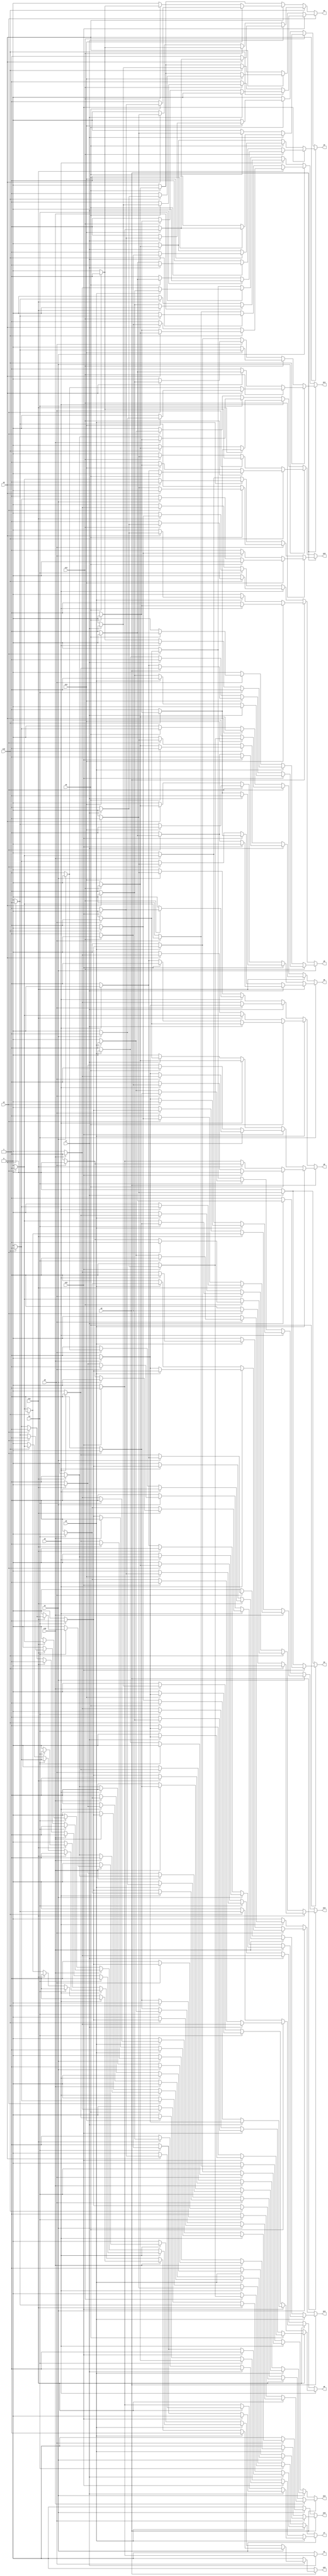
module mult8x8_inference (
  x0, x1, x2, x3, x4, x5, x6, x7, x8, x9, x10, x11, x12, x13, x14, x15,
  y16, y15, y14, y13, y12, y11, y10, y9, y8, y7, y6, y5, y4, y3, y2, y1
);
input x0, x1, x2, x3, x4, x5, x6, x7, x8, x9, x10, x11, x12, x13, x14, x15;
output y16, y15, y14, y13, y12, y11, y10, y9, y8, y7, y6, y5, y4, y3, y2, y1;
wire w161, w162, w163, w164, w165, w166, w167, w168, w169, w1610, w1611, w1612, w1613, w1614, w1615, w1616, w1617, w1618, w1619, w1620, w1621, w1622, w1623, w1624, w1625, w1626, w1627, w1628, w1629, w1630, w1631, w1632, w1633, w1634, w1635, w1636, w1637, w1638, w1639, w1640, w1641, w1642, w1643, w1644, w1645, w1646, w1647, w1648, w1649, w1650, w1651, w1652, w1653, w1654, w1655, w1656, w1657, w1658, w1659, w1660, w1661, w1662, w1663, w1664, w1665, w1666, w1667, w1668, w1669, w1670, w1671, w1672, w1673, w1674, w1675, w1676, w1677, w1678, w1679, w1680, w1681, w151, w152, w153, w154, w155, w156, w157, w158, w159, w1510, w1511, w1512, w1513, w1514, w1515, w1516, w1517, w1518, w1519, w1520, w1521, w1522, w1523, w1524, w1525, w1526, w1527, w1528, w1529, w1530, w1531, w1532, w1533, w1534, w1535, w1536, w1537, w1538, w1539, w1540, w1541, w1542, w1543, w1544, w1545, w1546, w1547, w1548, w1549, w1550, w1551, w1552, w1553, w1554, w1555, w1556, w1557, w1558, w1559, w1560, w1561, w1562, w1563, w1564, w1565, w1566, w1567, w141, w142, w143, w144, w145, w146, w147, w148, w149, w1410, w1411, w1412, w1413, w1414, w1415, w1416, w1417, w1418, w1419, w1420, w1421, w1422, w1423, w1424, w1425, w1426, w1427, w1428, w1429, w1430, w1431, w1432, w1433, w1434, w1435, w1436, w1437, w1438, w1439, w1440, w1441, w1442, w1443, w1444, w1445, w1446, w1447, w1448, w1449, w1450, w1451, w1452, w1453, w1454, w1455, w1456, w1457, w1458, w1459, w1460, w1461, w1462, w1463, w1464, w1465, w1466, w1467, w1468, w1469, w1470, w1471, w1472, w1473, w1474, w1475, w1476, w1477, w1478, w1479, w1480, w1481, w1482, w1483, w1484, w1485, w131, w132, w133, w134, w135, w136, w137, w138, w139, w1310, w1311, w1312, w1313, w1314, w1315, w1316, w1317, w1318, w1319, w1320, w1321, w1322, w1323, w1324, w1325, w1326, w1327, w1328, w1329, w1330, w1331, w1332, w1333, w1334, w1335, w1336, w1337, w1338, w1339, w1340, w1341, w1342, w1343, w1344, w1345, w1346, w1347, w1348, w1349, w1350, w1351, w1352, w1353, w1354, w1355, w1356, w1357, w1358, w1359, w1360, w1361, w1362, w1363, w1364, w1365, w1366, w1367, w1368, w1369, w1370, w1371, w1372, w1373, w1374, w1375, w1376, w1377, w1378, w1379, w1380, w1381, w1382, w1383, w1384, w1385, w1386, w1387, w1388, w1389, w1390, w1391, w121, w122, w123, w124, w125, w126, w127, w128, w129, w1210, w1211, w1212, w1213, w1214, w1215, w1216, w1217, w1218, w1219, w1220, w1221, w1222, w1223, w1224, w1225, w1226, w1227, w1228, w1229, w1230, w1231, w1232, w1233, w1234, w1235, w1236, w1237, w1238, w1239, w1240, w1241, w1242, w1243, w1244, w1245, w1246, w1247, w1248, w1249, w1250, w1251, w1252, w1253, w1254, w1255, w1256, w1257, w1258, w1259, w1260, w1261, w1262, w1263, w1264, w1265, w1266, w1267, w1268, w1269, w1270, w1271, w1272, w1273, w1274, w1275, w1276, w1277, w1278, w1279, w1280, w1281, w111, w112, w113, w114, w115, w116, w117, w118, w119, w1110, w1111, w1112, w1113, w1114, w1115, w1116, w1117, w1118, w1119, w1120, w1121, w1122, w1123, w1124, w1125, w1126, w1127, w1128, w1129, w1130, w1131, w1132, w1133, w1134, w1135, w1136, w1137, w1138, w1139, w1140, w1141, w1142, w1143, w1144, w1145, w1146, w1147, w1148, w1149, w1150, w1151, w1152, w1153, w1154, w1155, w1156, w1157, w1158, w1159, w1160, w1161, w1162, w1163, w1164, w1165, w1166, w1167, w1168, w1169, w1170, w1171, w1172, w1173, w1174, w1175, w1176, w1177, w1178, w1179, w1180, w1181, w1182, w1183, w1184, w1185, w101, w102, w103, w104, w105, w106, w107, w108, w109, w1010, w1011, w1012, w1013, w1014, w1015, w1016, w1017, w1018, w1019, w1020, w1021, w1022, w1023, w1024, w1025, w1026, w1027, w1028, w1029, w1030, w1031, w1032, w1033, w1034, w1035, w1036, w1037, w1038, w1039, w1040, w1041, w1042, w1043, w1044, w1045, w1046, w1047, w1048, w1049, w1050, w1051, w1052, w1053, w1054, w1055, w1056, w1057, w1058, w1059, w1060, w1061, w1062, w1063, w1064, w1065, w1066, w1067, w1068, w1069, w1070, w1071, w1072, w1073, w1074, w1075, w1076, w1077, w1078, w1079, w1080, w1081, w1082, w1083, w91, w92, w93, w94, w95, w96, w97, w98, w99, w910, w911, w912, w913, w914, w915, w916, w917, w918, w919, w920, w921, w922, w923, w924, w925, w926, w927, w928, w929, w930, w931, w932, w933, w934, w935, w936, w937, w938, w939, w940, w941, w942, w943, w944, w945, w946, w947, w948, w949, w950, w951, w952, w953, w954, w955, w956, w957, w958, w959, w960, w961, w962, w963, w964, w965, w966, w967, w968, w969, w970, w971, w81, w82, w83, w84, w85, w86, w87, w88, w89, w810, w811, w812, w813, w814, w815, w816, w817, w818, w819, w820, w821, w822, w823, w824, w825, w826, w827, w828, w829, w830, w831, w832, w833, w834, w835, w836, w837, w838, w839, w840, w841, w842, w843, w844, w845, w846, w847, w848, w849, w850, w851, w852, w853, w854, w855, w856, w857, w858, w859, w860, w861, w862, w863, w864, w865, w866, w867, w868, w869, w870, w871, w872, w873, w874, w875, w876, w877, w878, w879, w71, w72, w73, w74, w75, w76, w77, w78, w79, w710, w711, w712, w713, w714, w715, w716, w717, w718, w719, w720, w721, w722, w723, w724, w725, w726, w727, w728, w729, w730, w731, w732, w733, w734, w735, w736, w737, w738, w739, w740, w741, w742, w743, w744, w745, w746, w747, w748, w749, w750, w751, w752, w753, w754, w755, w756, w757, w758, w759, w760, w761, w762, w763, w764, w765, w766, w767, w768, w769, w770, w771, w61, w62, w63, w64, w65, w66, w67, w68, w69, w610, w611, w612, w613, w614, w615, w616, w617, w618, w619, w620, w621, w622, w623, w624, w625, w626, w627, w628, w629, w630, w631, w632, w633, w634, w635, w636, w637, w638, w639, w640, w641, w642, w643, w644, w645, w646, w647, w648, w649, w650, w651, w652, w653, w654, w655, w656, w657, w658, w659, w660, w661, w662, w663, w664, w665, w666, w667, w668, w669, w670, w671, w672, w673, w674, w675, w676, w677, w51, w52, w53, w54, w55, w56, w57, w58, w59, w510, w511, w512, w513, w514, w515, w516, w517, w518, w519, w520, w521, w522, w523, w524, w525, w526, w527, w528, w529, w530, w531, w532, w533, w534, w535, w536, w537, w538, w539, w540, w541, w542, w543, w544, w545, w546, w547, w548, w549, w550, w551, w552, w553, w554, w555, w556, w557, w558, w559, w560, w561, w562, w563, w564, w565, w566, w567, w568, w569, w570, w571, w572, w573, w574, w575, w576, w577, w578, w579, w41, w42, w43, w44, w45, w46, w47, w48, w49, w410, w411, w412, w413, w414, w415, w416, w417, w418, w419, w420, w421, w422, w423, w424, w425, w426, w427, w428, w429, w430, w431, w432, w433, w434, w435, w436, w437, w438, w439, w440, w441, w442, w443, w444, w445, w446, w447, w448, w449, w450, w451, w452, w453, w454, w455, w456, w457, w458, w459, w460, w461, w462, w463, w464, w465, w466, w467, w468, w469, w470, w471, w472, w473, w31, w32, w33, w34, w35, w36, w37, w38, w39, w310, w311, w312, w313, w314, w315, w316, w317, w318, w319, w320, w321, w322, w323, w324, w325, w326, w327, w328, w329, w330, w331, w332, w333, w334, w335, w336, w337, w338, w339, w340, w341, w342, w343, w344, w345, w346, w347, w348, w349, w350, w351, w352, w353, w354, w355, w356, w357, w21, w22, w23, w24, w25, w26, w27, w28, w29, w210, w211, w212, w213, w214, w215, w216, w217, w11, w12, w13, w14, w15;
assign w161 = x0 ? w163 : w162;
assign w162 = 0;
assign w163 = x8 ? w165 : w164;
assign w164 = 0;
assign w165 = x1 ? w167 : w166;
assign w166 = x9 ? w169 : w168;
assign w167 = x9 ? w1611 : w1610;
assign w168 = x2 ? w1613 : w1612;
assign w169 = x2 ? w1615 : w1614;
assign w1610 = x10 ? w1617 : w1616;
assign w1611 = 1;
assign w1612 = 0;
assign w1613 = x10 ? w1619 : w1618;
assign w1614 = x10 ? w1621 : w1620;
assign w1615 = x3 ? w1623 : w1622;
assign w1616 = x2 ? w1625 : w1624;
assign w1617 = x2 ? w1627 : w1626;
assign w1618 = 0;
assign w1619 = x3 ? w1629 : w1628;
assign w1620 = x3 ? w1631 : w1630;
assign w1621 = x3 ? w1633 : w1632;
assign w1622 = x10 ? w1635 : w1634;
assign w1623 = 1;
assign w1624 = x11 ? w1637 : w1636;
assign w1625 = x11 ? w1639 : w1638;
assign w1626 = x3 ? w1641 : w1640;
assign w1627 = 1;
assign w1628 = 0;
assign w1629 = x11 ? w1643 : w1642;
assign w1630 = 0;
assign w1631 = x11 ? w1645 : w1644;
assign w1632 = x11 ? w1647 : w1646;
assign w1633 = 1;
assign w1634 = x11 ? w1649 : w1648;
assign w1635 = 1;
assign w1636 = 0;
assign w1637 = x3 ? w1651 : w1650;
assign w1638 = x3 ? w1653 : w1652;
assign w1639 = 1;
assign w1640 = x11 ? w1655 : w1654;
assign w1641 = 1;
assign w1642 = 0;
assign w1643 = x4 ? w1657 : w1656;
assign w1644 = 0;
assign w1645 = x4 ? w1659 : w1658;
assign w1646 = 0;
assign w1647 = x4 ? w1661 : w1660;
assign w1648 = x4 ? w1663 : w1662;
assign w1649 = 1;
assign w1650 = 0;
assign w1651 = x12 ? w1665 : w1664;
assign w1652 = x12 ? w1667 : w1666;
assign w1653 = x12 ? w1669 : w1668;
assign w1654 = x12 ? w1671 : w1670;
assign w1655 = 1;
assign w1656 = x12 ? w1673 : w1672;
assign w1657 = 1;
assign w1658 = 0;
assign w1659 = 1;
assign w1660 = x5 ? w1675 : w1674;
assign w1661 = 1;
assign w1662 = x12 ? w1677 : w1676;
assign w1663 = 1;
assign w1664 = 0;
assign w1665 = 1;
assign w1666 = 0;
assign w1667 = x4 ? w1679 : w1678;
assign w1668 = 0;
assign w1669 = 1;
assign w1670 = x4 ? w1681 : w1680;
assign w1671 = 1;
assign w1672 = 0;
assign w1673 = 1;
assign w1674 = 0;
assign w1675 = 1;
assign w1676 = 0;
assign w1677 = 1;
assign w1678 = 0;
assign w1679 = 1;
assign w1680 = 0;
assign w1681 = 1;
assign w151 = x0 ? w153 : w152;
assign w152 = x1 ? w155 : w154;
assign w153 = x8 ? w157 : w156;
assign w154 = 0;
assign w155 = x8 ? w159 : w158;
assign w156 = x9 ? w1511 : w1510;
assign w157 = x1 ? w1513 : w1512;
assign w158 = 0;
assign w159 = x2 ? w1515 : w1514;
assign w1510 = 0;
assign w1511 = x10 ? w1517 : w1516;
assign w1512 = x9 ? w1519 : w1518;
assign w1513 = x9 ? w1521 : w1520;
assign w1514 = x9 ? w1523 : w1522;
assign w1515 = x9 ? w1525 : w1524;
assign w1516 = x1 ? w1527 : w1526;
assign w1517 = x1 ? w1529 : w1528;
assign w1518 = 1;
assign w1519 = x2 ? w1531 : w1530;
assign w1520 = x10 ? w1533 : w1532;
assign w1521 = x2 ? w1535 : w1534;
assign w1522 = 0;
assign w1523 = x3 ? w1537 : w1536;
assign w1524 = x10 ? w1539 : w1538;
assign w1525 = 1;
assign w1526 = 0;
assign w1527 = x11 ? w1541 : w1540;
assign w1528 = x2 ? w1543 : w1542;
assign w1529 = 1;
assign w1530 = x10 ? w1545 : w1544;
assign w1531 = 0;
assign w1532 = x2 ? w1547 : w1546;
assign w1533 = 0;
assign w1534 = x10 ? w1549 : w1548;
assign w1535 = x10 ? w1551 : w1550;
assign w1536 = x10 ? w1553 : w1552;
assign w1537 = 1;
assign w1538 = x3 ? w1555 : w1554;
assign w1539 = 1;
assign w1540 = x2 ? w1557 : w1556;
assign w1541 = 1;
assign w1542 = x11 ? w1559 : w1558;
assign w1543 = 1;
assign w1544 = 1;
assign w1545 = x3 ? w1561 : w1560;
assign w1546 = 1;
assign w1547 = x11 ? w1563 : w1562;
assign w1548 = 0;
assign w1549 = x3 ? w1565 : w1564;
assign w1550 = x11 ? w1567 : w1566;
assign w1551 = 1;
assign w1552 = 0;
assign w1553 = 1;
assign w1554 = 0;
assign w1555 = 1;
assign w1556 = 0;
assign w1557 = 1;
assign w1558 = 0;
assign w1559 = 1;
assign w1560 = 1;
assign w1561 = 0;
assign w1562 = 1;
assign w1563 = 0;
assign w1564 = 0;
assign w1565 = 1;
assign w1566 = 0;
assign w1567 = 1;
assign w141 = x0 ? w143 : w142;
assign w142 = x1 ? w145 : w144;
assign w143 = x9 ? w147 : w146;
assign w144 = x2 ? w149 : w148;
assign w145 = x8 ? w1411 : w1410;
assign w146 = x10 ? w1413 : w1412;
assign w147 = x10 ? w1415 : w1414;
assign w148 = 0;
assign w149 = x8 ? w1417 : w1416;
assign w1410 = x9 ? w1419 : w1418;
assign w1411 = x2 ? w1421 : w1420;
assign w1412 = x8 ? w1423 : w1422;
assign w1413 = x11 ? w1425 : w1424;
assign w1414 = x2 ? w1427 : w1426;
assign w1415 = x1 ? w1429 : w1428;
assign w1416 = 0;
assign w1417 = x3 ? w1431 : w1430;
assign w1418 = 0;
assign w1419 = x2 ? w1433 : w1432;
assign w1420 = x9 ? w1435 : w1434;
assign w1421 = x9 ? w1437 : w1436;
assign w1422 = 0;
assign w1423 = x1 ? w1439 : w1438;
assign w1424 = x2 ? w1441 : w1440;
assign w1425 = x2 ? w1443 : w1442;
assign w1426 = x1 ? w1445 : w1444;
assign w1427 = x11 ? w1447 : w1446;
assign w1428 = x11 ? w1449 : w1448;
assign w1429 = x2 ? w1451 : w1450;
assign w1430 = x9 ? w1453 : w1452;
assign w1431 = 1;
assign w1432 = x10 ? w1455 : w1454;
assign w1433 = 1;
assign w1434 = 1;
assign w1435 = x3 ? w1457 : w1456;
assign w1436 = x10 ? w1459 : w1458;
assign w1437 = x3 ? w1461 : w1460;
assign w1438 = x2 ? w1463 : w1462;
assign w1439 = x2 ? w1465 : w1464;
assign w1440 = 0;
assign w1441 = x3 ? w1467 : w1466;
assign w1442 = x8 ? w1469 : w1468;
assign w1443 = 1;
assign w1444 = 1;
assign w1445 = x8 ? w1471 : w1470;
assign w1446 = x3 ? w1473 : w1472;
assign w1447 = x1 ? w1475 : w1474;
assign w1448 = x2 ? w1477 : w1476;
assign w1449 = 0;
assign w1450 = 0;
assign w1451 = x11 ? w1479 : w1478;
assign w1452 = 0;
assign w1453 = 1;
assign w1454 = 0;
assign w1455 = 1;
assign w1456 = 1;
assign w1457 = 0;
assign w1458 = 1;
assign w1459 = 0;
assign w1460 = 0;
assign w1461 = 1;
assign w1462 = 0;
assign w1463 = 1;
assign w1464 = 1;
assign w1465 = 0;
assign w1466 = 0;
assign w1467 = 1;
assign w1468 = 1;
assign w1469 = x1 ? w1481 : w1480;
assign w1470 = x11 ? w1483 : w1482;
assign w1471 = 1;
assign w1472 = 1;
assign w1473 = 0;
assign w1474 = x8 ? w1485 : w1484;
assign w1475 = 0;
assign w1476 = 1;
assign w1477 = 0;
assign w1478 = 0;
assign w1479 = 1;
assign w1480 = 1;
assign w1481 = 0;
assign w1482 = 1;
assign w1483 = 0;
assign w1484 = 1;
assign w1485 = 0;
assign w131 = x0 ? w133 : w132;
assign w132 = x1 ? w135 : w134;
assign w133 = x10 ? w137 : w136;
assign w134 = x2 ? w139 : w138;
assign w135 = x9 ? w1311 : w1310;
assign w136 = x11 ? w1313 : w1312;
assign w137 = x11 ? w1315 : w1314;
assign w138 = x3 ? w1317 : w1316;
assign w139 = x8 ? w1319 : w1318;
assign w1310 = x10 ? w1321 : w1320;
assign w1311 = x3 ? w1323 : w1322;
assign w1312 = x8 ? w1325 : w1324;
assign w1313 = x12 ? w1327 : w1326;
assign w1314 = x3 ? w1329 : w1328;
assign w1315 = x1 ? w1331 : w1330;
assign w1316 = 0;
assign w1317 = x8 ? w1333 : w1332;
assign w1318 = x9 ? w1335 : w1334;
assign w1319 = x3 ? w1337 : w1336;
assign w1320 = x8 ? w1339 : w1338;
assign w1321 = x11 ? w1341 : w1340;
assign w1322 = x10 ? w1343 : w1342;
assign w1323 = x10 ? w1345 : w1344;
assign w1324 = x9 ? w1347 : w1346;
assign w1325 = x2 ? w1349 : w1348;
assign w1326 = x3 ? w1351 : w1350;
assign w1327 = x8 ? w1353 : w1352;
assign w1328 = 1;
assign w1329 = x12 ? w1355 : w1354;
assign w1330 = x3 ? w1357 : w1356;
assign w1331 = x12 ? w1359 : w1358;
assign w1332 = 0;
assign w1333 = x4 ? w1361 : w1360;
assign w1334 = 0;
assign w1335 = x3 ? w1363 : w1362;
assign w1336 = x9 ? w1365 : w1364;
assign w1337 = 0;
assign w1338 = 0;
assign w1339 = x2 ? w1367 : w1366;
assign w1340 = x3 ? w1369 : w1368;
assign w1341 = 1;
assign w1342 = 1;
assign w1343 = x4 ? w1371 : w1370;
assign w1344 = x11 ? w1373 : w1372;
assign w1345 = x11 ? w1375 : w1374;
assign w1346 = 0;
assign w1347 = x1 ? w1377 : w1376;
assign w1348 = x3 ? w1379 : w1378;
assign w1349 = x3 ? w1381 : w1380;
assign w1350 = 0;
assign w1351 = 1;
assign w1352 = 1;
assign w1353 = x3 ? w1383 : w1382;
assign w1354 = x4 ? w1385 : w1384;
assign w1355 = 0;
assign w1356 = x4 ? w1387 : w1386;
assign w1357 = x9 ? w1389 : w1388;
assign w1358 = 0;
assign w1359 = x3 ? w1391 : w1390;
assign w1360 = 0;
assign w1361 = 1;
assign w1362 = 0;
assign w1363 = 1;
assign w1364 = 1;
assign w1365 = 0;
assign w1366 = 0;
assign w1367 = 1;
assign w1368 = 0;
assign w1369 = 1;
assign w1370 = 1;
assign w1371 = 0;
assign w1372 = 1;
assign w1373 = 0;
assign w1374 = 0;
assign w1375 = 1;
assign w1376 = 0;
assign w1377 = 1;
assign w1378 = 0;
assign w1379 = 1;
assign w1380 = 1;
assign w1381 = 0;
assign w1382 = 0;
assign w1383 = 1;
assign w1384 = 1;
assign w1385 = 0;
assign w1386 = 1;
assign w1387 = 0;
assign w1388 = 0;
assign w1389 = 1;
assign w1390 = 0;
assign w1391 = 1;
assign w121 = x0 ? w123 : w122;
assign w122 = x1 ? w125 : w124;
assign w123 = x11 ? w127 : w126;
assign w124 = x2 ? w129 : w128;
assign w125 = x10 ? w1211 : w1210;
assign w126 = x12 ? w1213 : w1212;
assign w127 = x12 ? w1215 : w1214;
assign w128 = x3 ? w1217 : w1216;
assign w129 = x9 ? w1219 : w1218;
assign w1210 = x11 ? w1221 : w1220;
assign w1211 = x11 ? w1223 : w1222;
assign w1212 = x8 ? w1225 : w1224;
assign w1213 = x13 ? w1227 : w1226;
assign w1214 = x4 ? w1229 : w1228;
assign w1215 = 0;
assign w1216 = x4 ? w1231 : w1230;
assign w1217 = x8 ? w1233 : w1232;
assign w1218 = x10 ? w1235 : w1234;
assign w1219 = x4 ? w1237 : w1236;
assign w1220 = x8 ? w1239 : w1238;
assign w1221 = x12 ? w1241 : w1240;
assign w1222 = x4 ? w1243 : w1242;
assign w1223 = x2 ? w1245 : w1244;
assign w1224 = x9 ? w1247 : w1246;
assign w1225 = x3 ? w1249 : w1248;
assign w1226 = x4 ? w1251 : w1250;
assign w1227 = x4 ? w1253 : w1252;
assign w1228 = 1;
assign w1229 = x13 ? w1255 : w1254;
assign w1230 = 0;
assign w1231 = x8 ? w1257 : w1256;
assign w1232 = x9 ? w1259 : w1258;
assign w1233 = x4 ? w1261 : w1260;
assign w1234 = 0;
assign w1235 = x4 ? w1263 : w1262;
assign w1236 = x10 ? w1265 : w1264;
assign w1237 = 0;
assign w1238 = 0;
assign w1239 = x3 ? w1267 : w1266;
assign w1240 = x4 ? w1269 : w1268;
assign w1241 = 1;
assign w1242 = 1;
assign w1243 = x12 ? w1271 : w1270;
assign w1244 = 0;
assign w1245 = x12 ? w1273 : w1272;
assign w1246 = 0;
assign w1247 = x2 ? w1275 : w1274;
assign w1248 = x4 ? w1277 : w1276;
assign w1249 = x4 ? w1279 : w1278;
assign w1250 = 0;
assign w1251 = 1;
assign w1252 = x8 ? w1281 : w1280;
assign w1253 = 1;
assign w1254 = 1;
assign w1255 = 0;
assign w1256 = 0;
assign w1257 = 1;
assign w1258 = 0;
assign w1259 = 1;
assign w1260 = 1;
assign w1261 = 0;
assign w1262 = 0;
assign w1263 = 1;
assign w1264 = 1;
assign w1265 = 0;
assign w1266 = 0;
assign w1267 = 1;
assign w1268 = 0;
assign w1269 = 1;
assign w1270 = 1;
assign w1271 = 0;
assign w1272 = 0;
assign w1273 = 1;
assign w1274 = 0;
assign w1275 = 1;
assign w1276 = 0;
assign w1277 = 1;
assign w1278 = 1;
assign w1279 = 0;
assign w1280 = 1;
assign w1281 = 0;
assign w111 = x0 ? w113 : w112;
assign w112 = x1 ? w115 : w114;
assign w113 = x12 ? w117 : w116;
assign w114 = x2 ? w119 : w118;
assign w115 = x11 ? w1111 : w1110;
assign w116 = x13 ? w1113 : w1112;
assign w117 = x13 ? w1115 : w1114;
assign w118 = x3 ? w1117 : w1116;
assign w119 = x10 ? w1119 : w1118;
assign w1110 = x12 ? w1121 : w1120;
assign w1111 = x12 ? w1123 : w1122;
assign w1112 = x8 ? w1125 : w1124;
assign w1113 = x14 ? w1127 : w1126;
assign w1114 = x5 ? w1129 : w1128;
assign w1115 = x5 ? w1131 : w1130;
assign w1116 = x4 ? w1133 : w1132;
assign w1117 = x9 ? w1135 : w1134;
assign w1118 = x11 ? w1137 : w1136;
assign w1119 = x11 ? w1139 : w1138;
assign w1120 = x8 ? w1141 : w1140;
assign w1121 = x13 ? w1143 : w1142;
assign w1122 = x5 ? w1145 : w1144;
assign w1123 = x5 ? w1147 : w1146;
assign w1124 = x9 ? w1149 : w1148;
assign w1125 = x4 ? w1151 : w1150;
assign w1126 = 0;
assign w1127 = x5 ? w1153 : w1152;
assign w1128 = 1;
assign w1129 = x14 ? w1155 : w1154;
assign w1130 = x1 ? w1157 : w1156;
assign w1131 = x14 ? w1159 : w1158;
assign w1132 = 0;
assign w1133 = x8 ? w1161 : w1160;
assign w1134 = x10 ? w1163 : w1162;
assign w1135 = x5 ? w1165 : w1164;
assign w1136 = 0;
assign w1137 = x5 ? w1167 : w1166;
assign w1138 = x5 ? w1169 : w1168;
assign w1139 = 0;
assign w1140 = 0;
assign w1141 = x4 ? w1171 : w1170;
assign w1142 = 0;
assign w1143 = x5 ? w1173 : w1172;
assign w1144 = 1;
assign w1145 = x13 ? w1175 : w1174;
assign w1146 = x6 ? w1177 : w1176;
assign w1147 = x13 ? w1179 : w1178;
assign w1148 = 0;
assign w1149 = x3 ? w1181 : w1180;
assign w1150 = 0;
assign w1151 = x5 ? w1183 : w1182;
assign w1152 = 0;
assign w1153 = 1;
assign w1154 = 1;
assign w1155 = 0;
assign w1156 = 1;
assign w1157 = 0;
assign w1158 = 0;
assign w1159 = x1 ? w1185 : w1184;
assign w1160 = 0;
assign w1161 = 1;
assign w1162 = 0;
assign w1163 = 1;
assign w1164 = 1;
assign w1165 = 0;
assign w1166 = 0;
assign w1167 = 1;
assign w1168 = 1;
assign w1169 = 0;
assign w1170 = 0;
assign w1171 = 1;
assign w1172 = 0;
assign w1173 = 1;
assign w1174 = 1;
assign w1175 = 0;
assign w1176 = 1;
assign w1177 = 0;
assign w1178 = 0;
assign w1179 = 1;
assign w1180 = 0;
assign w1181 = 1;
assign w1182 = 1;
assign w1183 = 0;
assign w1184 = 0;
assign w1185 = 1;
assign w101 = x0 ? w103 : w102;
assign w102 = x1 ? w105 : w104;
assign w103 = x13 ? w107 : w106;
assign w104 = x2 ? w109 : w108;
assign w105 = x12 ? w1011 : w1010;
assign w106 = x8 ? w1013 : w1012;
assign w107 = x14 ? w1015 : w1014;
assign w108 = x3 ? w1017 : w1016;
assign w109 = x11 ? w1019 : w1018;
assign w1010 = x8 ? w1021 : w1020;
assign w1011 = x13 ? w1023 : w1022;
assign w1012 = x9 ? w1025 : w1024;
assign w1013 = x6 ? w1027 : w1026;
assign w1014 = x8 ? w1029 : w1028;
assign w1015 = x6 ? w1031 : w1030;
assign w1016 = x4 ? w1033 : w1032;
assign w1017 = x10 ? w1035 : w1034;
assign w1018 = x12 ? w1037 : w1036;
assign w1019 = x12 ? w1039 : w1038;
assign w1020 = x13 ? w1041 : w1040;
assign w1021 = x6 ? w1043 : w1042;
assign w1022 = x14 ? w1045 : w1044;
assign w1023 = x6 ? w1047 : w1046;
assign w1024 = x10 ? w1049 : w1048;
assign w1025 = x5 ? w1051 : w1050;
assign w1026 = x5 ? w1053 : w1052;
assign w1027 = x5 ? w1055 : w1054;
assign w1028 = 1;
assign w1029 = x12 ? w1057 : w1056;
assign w1030 = x1 ? w1059 : w1058;
assign w1031 = 0;
assign w1032 = 0;
assign w1033 = x9 ? w1061 : w1060;
assign w1034 = x11 ? w1063 : w1062;
assign w1035 = x6 ? w1065 : w1064;
assign w1036 = 0;
assign w1037 = x13 ? w1067 : w1066;
assign w1038 = 1;
assign w1039 = x6 ? w1069 : w1068;
assign w1040 = 0;
assign w1041 = x14 ? w1071 : w1070;
assign w1042 = 0;
assign w1043 = 1;
assign w1044 = 1;
assign w1045 = x6 ? w1073 : w1072;
assign w1046 = x2 ? w1075 : w1074;
assign w1047 = 0;
assign w1048 = 0;
assign w1049 = x4 ? w1077 : w1076;
assign w1050 = x4 ? w1079 : w1078;
assign w1051 = 1;
assign w1052 = 0;
assign w1053 = 1;
assign w1054 = x14 ? w1081 : w1080;
assign w1055 = 0;
assign w1056 = 1;
assign w1057 = 0;
assign w1058 = 1;
assign w1059 = x12 ? w1083 : w1082;
assign w1060 = 0;
assign w1061 = 1;
assign w1062 = 0;
assign w1063 = 1;
assign w1064 = 1;
assign w1065 = 0;
assign w1066 = 0;
assign w1067 = 1;
assign w1068 = 1;
assign w1069 = 0;
assign w1070 = 0;
assign w1071 = 1;
assign w1072 = 1;
assign w1073 = 0;
assign w1074 = 1;
assign w1075 = 0;
assign w1076 = 0;
assign w1077 = 1;
assign w1078 = 0;
assign w1079 = 1;
assign w1080 = 0;
assign w1081 = 1;
assign w1082 = 0;
assign w1083 = 1;
assign w91 = x1 ? w93 : w92;
assign w92 = x0 ? w95 : w94;
assign w93 = x13 ? w97 : w96;
assign w94 = x2 ? w99 : w98;
assign w95 = x14 ? w911 : w910;
assign w96 = x9 ? w913 : w912;
assign w97 = x15 ? w915 : w914;
assign w98 = x3 ? w917 : w916;
assign w99 = x12 ? w919 : w918;
assign w910 = x9 ? w921 : w920;
assign w911 = x2 ? w923 : w922;
assign w912 = x8 ? w925 : w924;
assign w913 = x3 ? w927 : w926;
assign w914 = x14 ? w929 : w928;
assign w915 = x7 ? w931 : w930;
assign w916 = x4 ? w933 : w932;
assign w917 = x11 ? w935 : w934;
assign w918 = 0;
assign w919 = x13 ? w937 : w936;
assign w920 = 0;
assign w921 = x5 ? w939 : w938;
assign w922 = 1;
assign w923 = x6 ? w941 : w940;
assign w924 = 0;
assign w925 = x6 ? w943 : w942;
assign w926 = x2 ? w945 : w944;
assign w927 = 1;
assign w928 = x7 ? w947 : w946;
assign w929 = x0 ? w949 : w948;
assign w930 = x9 ? w951 : w950;
assign w931 = 0;
assign w932 = 0;
assign w933 = x10 ? w953 : w952;
assign w934 = 0;
assign w935 = x12 ? w955 : w954;
assign w936 = 1;
assign w937 = x7 ? w957 : w956;
assign w938 = 0;
assign w939 = x7 ? w959 : w958;
assign w940 = 1;
assign w941 = 0;
assign w942 = 0;
assign w943 = x14 ? w961 : w960;
assign w944 = x6 ? w963 : w962;
assign w945 = 0;
assign w946 = x9 ? w965 : w964;
assign w947 = 1;
assign w948 = x2 ? w967 : w966;
assign w949 = x2 ? w969 : w968;
assign w950 = x5 ? w971 : w970;
assign w951 = 1;
assign w952 = 0;
assign w953 = 1;
assign w954 = 1;
assign w955 = 0;
assign w956 = 1;
assign w957 = 0;
assign w958 = 1;
assign w959 = 0;
assign w960 = 1;
assign w961 = 0;
assign w962 = 0;
assign w963 = 1;
assign w964 = 1;
assign w965 = 0;
assign w966 = 1;
assign w967 = 0;
assign w968 = 0;
assign w969 = 1;
assign w970 = 1;
assign w971 = 0;
assign w81 = x0 ? w83 : w82;
assign w82 = x9 ? w85 : w84;
assign w83 = x9 ? w87 : w86;
assign w84 = x7 ? w89 : w88;
assign w85 = x6 ? w811 : w810;
assign w86 = x15 ? w813 : w812;
assign w87 = x6 ? w815 : w814;
assign w88 = x2 ? w817 : w816;
assign w89 = x8 ? w819 : w818;
assign w810 = x11 ? w821 : w820;
assign w811 = x7 ? w823 : w822;
assign w812 = x2 ? w825 : w824;
assign w813 = x7 ? w827 : w826;
assign w814 = x11 ? w829 : w828;
assign w815 = x15 ? w831 : w830;
assign w816 = x1 ? w833 : w832;
assign w817 = x13 ? w835 : w834;
assign w818 = x10 ? w837 : w836;
assign w819 = x10 ? w839 : w838;
assign w820 = x5 ? w841 : w840;
assign w821 = x4 ? w843 : w842;
assign w822 = x15 ? w845 : w844;
assign w823 = x8 ? w847 : w846;
assign w824 = x7 ? w849 : w848;
assign w825 = x13 ? w851 : w850;
assign w826 = x6 ? w853 : w852;
assign w827 = x8 ? w855 : w854;
assign w828 = x15 ? w857 : w856;
assign w829 = x8 ? w859 : w858;
assign w830 = x2 ? w861 : w860;
assign w831 = 0;
assign w832 = 0;
assign w833 = x14 ? w863 : w862;
assign w834 = 0;
assign w835 = x15 ? w865 : w864;
assign w836 = 0;
assign w837 = 1;
assign w838 = 1;
assign w839 = 0;
assign w840 = 0;
assign w841 = x10 ? w867 : w866;
assign w842 = 0;
assign w843 = 1;
assign w844 = x2 ? w869 : w868;
assign w845 = 1;
assign w846 = 0;
assign w847 = 1;
assign w848 = 0;
assign w849 = x8 ? w871 : w870;
assign w850 = 0;
assign w851 = 1;
assign w852 = x11 ? w873 : w872;
assign w853 = 1;
assign w854 = x10 ? w875 : w874;
assign w855 = x10 ? w877 : w876;
assign w856 = 0;
assign w857 = 1;
assign w858 = 1;
assign w859 = 0;
assign w860 = 1;
assign w861 = x13 ? w879 : w878;
assign w862 = 0;
assign w863 = 1;
assign w864 = 1;
assign w865 = 0;
assign w866 = 0;
assign w867 = 1;
assign w868 = 1;
assign w869 = 0;
assign w870 = 0;
assign w871 = 1;
assign w872 = 1;
assign w873 = 0;
assign w874 = 1;
assign w875 = 0;
assign w876 = 0;
assign w877 = 1;
assign w878 = 1;
assign w879 = 0;
assign w71 = x1 ? w73 : w72;
assign w72 = x9 ? w75 : w74;
assign w73 = x9 ? w77 : w76;
assign w74 = x3 ? w79 : w78;
assign w75 = x7 ? w711 : w710;
assign w76 = x15 ? w713 : w712;
assign w77 = x7 ? w715 : w714;
assign w78 = x2 ? w717 : w716;
assign w79 = x13 ? w719 : w718;
assign w710 = x11 ? w721 : w720;
assign w711 = x15 ? w723 : w722;
assign w712 = x3 ? w725 : w724;
assign w713 = x7 ? w727 : w726;
assign w714 = x11 ? w729 : w728;
assign w715 = x15 ? w731 : w730;
assign w716 = x4 ? w733 : w732;
assign w717 = x14 ? w735 : w734;
assign w718 = 0;
assign w719 = x15 ? w737 : w736;
assign w720 = x6 ? w739 : w738;
assign w721 = x5 ? w741 : w740;
assign w722 = x3 ? w743 : w742;
assign w723 = 1;
assign w724 = x14 ? w745 : w744;
assign w725 = x13 ? w747 : w746;
assign w726 = x11 ? w749 : w748;
assign w727 = 1;
assign w728 = x15 ? w751 : w750;
assign w729 = x5 ? w753 : w752;
assign w730 = x3 ? w755 : w754;
assign w731 = 0;
assign w732 = 0;
assign w733 = x12 ? w757 : w756;
assign w734 = 0;
assign w735 = 1;
assign w736 = 1;
assign w737 = x7 ? w759 : w758;
assign w738 = 0;
assign w739 = x10 ? w761 : w760;
assign w740 = 0;
assign w741 = 1;
assign w742 = 1;
assign w743 = x13 ? w763 : w762;
assign w744 = 0;
assign w745 = x2 ? w765 : w764;
assign w746 = 0;
assign w747 = 1;
assign w748 = 1;
assign w749 = x5 ? w767 : w766;
assign w750 = 0;
assign w751 = 1;
assign w752 = 0;
assign w753 = x15 ? w769 : w768;
assign w754 = 1;
assign w755 = x13 ? w771 : w770;
assign w756 = 0;
assign w757 = 1;
assign w758 = 1;
assign w759 = 0;
assign w760 = 0;
assign w761 = 1;
assign w762 = 1;
assign w763 = 0;
assign w764 = 0;
assign w765 = 1;
assign w766 = 1;
assign w767 = 0;
assign w768 = 1;
assign w769 = 0;
assign w770 = 1;
assign w771 = 0;
assign w61 = x2 ? w63 : w62;
assign w62 = x11 ? w65 : w64;
assign w63 = x11 ? w67 : w66;
assign w64 = x7 ? w69 : w68;
assign w65 = x6 ? w611 : w610;
assign w66 = x15 ? w613 : w612;
assign w67 = x6 ? w615 : w614;
assign w68 = x3 ? w617 : w616;
assign w69 = x10 ? w619 : w618;
assign w610 = x12 ? w621 : w620;
assign w611 = x7 ? w623 : w622;
assign w612 = x3 ? w625 : w624;
assign w613 = x7 ? w627 : w626;
assign w614 = x15 ? w629 : w628;
assign w615 = x15 ? w631 : w630;
assign w616 = x4 ? w633 : w632;
assign w617 = x14 ? w635 : w634;
assign w618 = 0;
assign w619 = 1;
assign w620 = 0;
assign w621 = x5 ? w637 : w636;
assign w622 = x15 ? w639 : w638;
assign w623 = x10 ? w641 : w640;
assign w624 = x10 ? w643 : w642;
assign w625 = x14 ? w645 : w644;
assign w626 = x6 ? w647 : w646;
assign w627 = x10 ? w649 : w648;
assign w628 = x3 ? w651 : w650;
assign w629 = x12 ? w653 : w652;
assign w630 = x3 ? w655 : w654;
assign w631 = x7 ? w657 : w656;
assign w632 = 0;
assign w633 = x13 ? w659 : w658;
assign w634 = 0;
assign w635 = x15 ? w661 : w660;
assign w636 = 0;
assign w637 = 1;
assign w638 = x3 ? w663 : w662;
assign w639 = 1;
assign w640 = 0;
assign w641 = 1;
assign w642 = 0;
assign w643 = x7 ? w665 : w664;
assign w644 = 0;
assign w645 = x10 ? w667 : w666;
assign w646 = x12 ? w669 : w668;
assign w647 = 1;
assign w648 = 1;
assign w649 = 0;
assign w650 = x10 ? w671 : w670;
assign w651 = 0;
assign w652 = 1;
assign w653 = x5 ? w673 : w672;
assign w654 = 1;
assign w655 = x10 ? w675 : w674;
assign w656 = 0;
assign w657 = x10 ? w677 : w676;
assign w658 = 0;
assign w659 = 1;
assign w660 = 1;
assign w661 = 0;
assign w662 = 1;
assign w663 = 0;
assign w664 = 0;
assign w665 = 1;
assign w666 = 1;
assign w667 = 0;
assign w668 = 1;
assign w669 = 0;
assign w670 = 0;
assign w671 = 1;
assign w672 = 1;
assign w673 = 0;
assign w674 = 1;
assign w675 = 0;
assign w676 = 1;
assign w677 = 0;
assign w51 = x3 ? w53 : w52;
assign w52 = x11 ? w55 : w54;
assign w53 = x11 ? w57 : w56;
assign w54 = x4 ? w59 : w58;
assign w55 = x7 ? w511 : w510;
assign w56 = x15 ? w513 : w512;
assign w57 = x7 ? w515 : w514;
assign w58 = x5 ? w517 : w516;
assign w59 = x14 ? w519 : w518;
assign w510 = x12 ? w521 : w520;
assign w511 = x15 ? w523 : w522;
assign w512 = x4 ? w525 : w524;
assign w513 = x7 ? w527 : w526;
assign w514 = x15 ? w529 : w528;
assign w515 = x15 ? w531 : w530;
assign w516 = x6 ? w533 : w532;
assign w517 = x13 ? w535 : w534;
assign w518 = 0;
assign w519 = x15 ? w537 : w536;
assign w520 = x4 ? w539 : w538;
assign w521 = x6 ? w541 : w540;
assign w522 = x4 ? w543 : w542;
assign w523 = 1;
assign w524 = x5 ? w545 : w544;
assign w525 = x14 ? w547 : w546;
assign w526 = x12 ? w549 : w548;
assign w527 = 1;
assign w528 = x4 ? w551 : w550;
assign w529 = x12 ? w553 : w552;
assign w530 = x4 ? w555 : w554;
assign w531 = 0;
assign w532 = 0;
assign w533 = x12 ? w557 : w556;
assign w534 = 0;
assign w535 = 1;
assign w536 = 1;
assign w537 = x7 ? w559 : w558;
assign w538 = 0;
assign w539 = x14 ? w561 : w560;
assign w540 = x13 ? w563 : w562;
assign w541 = 1;
assign w542 = 1;
assign w543 = x14 ? w565 : w564;
assign w544 = 0;
assign w545 = x13 ? w567 : w566;
assign w546 = x5 ? w569 : w568;
assign w547 = 1;
assign w548 = 1;
assign w549 = x6 ? w571 : w570;
assign w550 = x12 ? w573 : w572;
assign w551 = x14 ? w575 : w574;
assign w552 = 1;
assign w553 = x6 ? w577 : w576;
assign w554 = 1;
assign w555 = x14 ? w579 : w578;
assign w556 = 0;
assign w557 = 1;
assign w558 = 1;
assign w559 = 0;
assign w560 = 0;
assign w561 = 1;
assign w562 = 0;
assign w563 = 1;
assign w564 = 1;
assign w565 = 0;
assign w566 = 0;
assign w567 = 1;
assign w568 = 0;
assign w569 = 1;
assign w570 = 1;
assign w571 = 0;
assign w572 = 0;
assign w573 = 1;
assign w574 = 0;
assign w575 = 1;
assign w576 = 1;
assign w577 = 0;
assign w578 = 1;
assign w579 = 0;
assign w41 = x4 ? w43 : w42;
assign w42 = x12 ? w45 : w44;
assign w43 = x15 ? w47 : w46;
assign w44 = x5 ? w49 : w48;
assign w45 = x7 ? w411 : w410;
assign w46 = x5 ? w413 : w412;
assign w47 = x12 ? w415 : w414;
assign w48 = x6 ? w417 : w416;
assign w49 = x14 ? w419 : w418;
assign w410 = x13 ? w421 : w420;
assign w411 = x5 ? w423 : w422;
assign w412 = x12 ? w425 : w424;
assign w413 = x14 ? w427 : w426;
assign w414 = x13 ? w429 : w428;
assign w415 = x7 ? w431 : w430;
assign w416 = 0;
assign w417 = x13 ? w433 : w432;
assign w418 = x13 ? w435 : w434;
assign w419 = x6 ? w437 : w436;
assign w420 = x5 ? w439 : w438;
assign w421 = x6 ? w441 : w440;
assign w422 = 1;
assign w423 = x14 ? w443 : w442;
assign w424 = x6 ? w445 : w444;
assign w425 = x7 ? w447 : w446;
assign w426 = x6 ? w449 : w448;
assign w427 = x12 ? w451 : w450;
assign w428 = 1;
assign w429 = x6 ? w453 : w452;
assign w430 = x13 ? w455 : w454;
assign w431 = 0;
assign w432 = 0;
assign w433 = 1;
assign w434 = 0;
assign w435 = x6 ? w457 : w456;
assign w436 = 1;
assign w437 = x15 ? w459 : w458;
assign w438 = 0;
assign w439 = x14 ? w461 : w460;
assign w440 = 0;
assign w441 = 1;
assign w442 = 1;
assign w443 = x15 ? w463 : w462;
assign w444 = 0;
assign w445 = x13 ? w465 : w464;
assign w446 = 0;
assign w447 = 1;
assign w448 = 0;
assign w449 = x13 ? w467 : w466;
assign w450 = 1;
assign w451 = x7 ? w469 : w468;
assign w452 = 1;
assign w453 = x7 ? w471 : w470;
assign w454 = 1;
assign w455 = x6 ? w473 : w472;
assign w456 = 0;
assign w457 = 1;
assign w458 = 1;
assign w459 = 0;
assign w460 = 0;
assign w461 = 1;
assign w462 = 0;
assign w463 = 1;
assign w464 = 0;
assign w465 = 1;
assign w466 = 0;
assign w467 = 1;
assign w468 = 1;
assign w469 = 0;
assign w470 = 0;
assign w471 = 1;
assign w472 = 1;
assign w473 = 0;
assign w31 = x5 ? w33 : w32;
assign w32 = x13 ? w35 : w34;
assign w33 = x15 ? w37 : w36;
assign w34 = x6 ? w39 : w38;
assign w35 = x7 ? w311 : w310;
assign w36 = x6 ? w313 : w312;
assign w37 = x13 ? w315 : w314;
assign w38 = 0;
assign w39 = x14 ? w317 : w316;
assign w310 = x6 ? w319 : w318;
assign w311 = x6 ? w321 : w320;
assign w312 = x7 ? w323 : w322;
assign w313 = x14 ? w325 : w324;
assign w314 = x6 ? w327 : w326;
assign w315 = x7 ? w329 : w328;
assign w316 = 0;
assign w317 = x7 ? w331 : w330;
assign w318 = 0;
assign w319 = x14 ? w333 : w332;
assign w320 = 1;
assign w321 = x14 ? w335 : w334;
assign w322 = 0;
assign w323 = x13 ? w337 : w336;
assign w324 = x7 ? w339 : w338;
assign w325 = x7 ? w341 : w340;
assign w326 = 1;
assign w327 = x7 ? w343 : w342;
assign w328 = x6 ? w345 : w344;
assign w329 = 0;
assign w330 = 1;
assign w331 = x15 ? w347 : w346;
assign w332 = 0;
assign w333 = 1;
assign w334 = 1;
assign w335 = x15 ? w349 : w348;
assign w336 = 0;
assign w337 = 1;
assign w338 = 0;
assign w339 = x13 ? w351 : w350;
assign w340 = 1;
assign w341 = x13 ? w353 : w352;
assign w342 = x14 ? w355 : w354;
assign w343 = 1;
assign w344 = 1;
assign w345 = x14 ? w357 : w356;
assign w346 = 1;
assign w347 = 0;
assign w348 = 0;
assign w349 = 1;
assign w350 = 0;
assign w351 = 1;
assign w352 = 1;
assign w353 = 0;
assign w354 = 1;
assign w355 = 0;
assign w356 = 1;
assign w357 = 0;
assign w21 = x6 ? w23 : w22;
assign w22 = x7 ? w25 : w24;
assign w23 = x15 ? w27 : w26;
assign w24 = 0;
assign w25 = x14 ? w29 : w28;
assign w26 = x7 ? w211 : w210;
assign w27 = x7 ? w213 : w212;
assign w28 = 0;
assign w29 = 1;
assign w210 = 0;
assign w211 = x14 ? w215 : w214;
assign w212 = 1;
assign w213 = x14 ? w217 : w216;
assign w214 = 0;
assign w215 = 1;
assign w216 = 1;
assign w217 = 0;
assign w11 = x7 ? w13 : w12;
assign w12 = 0;
assign w13 = x15 ? w15 : w14;
assign w14 = 0;
assign w15 = 1;
assign y16 = w161;
assign y15 = w151;
assign y14 = w141;
assign y13 = w131;
assign y12 = w121;
assign y11 = w111;
assign y10 = w101;
assign y9 = w91;
assign y8 = w81;
assign y7 = w71;
assign y6 = w61;
assign y5 = w51;
assign y4 = w41;
assign y3 = w31;
assign y2 = w21;
assign y1 = w11;
endmodule